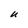
Character: U